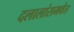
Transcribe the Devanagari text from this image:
दलालांसमवेत